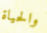
والحياة